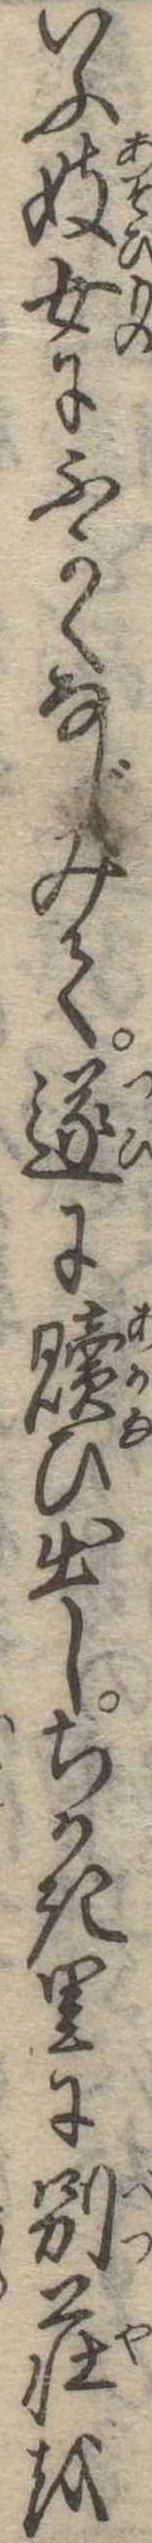
いふ妓女にふかくなじみて遂に贖ひ出しちかき里に別荘を